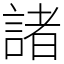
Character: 諸